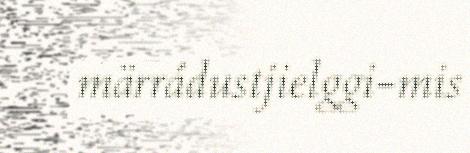
märrádustjielggi-mis